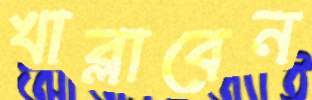
খাব্‌লাবেন